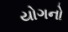
યોગનો